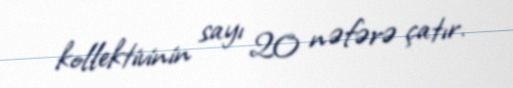
kollektivinin sayı 20 nəfərə çatır.